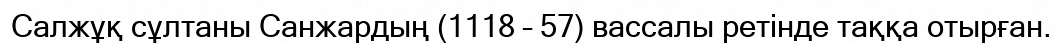
Салжұқ сұлтаны Санжардың (1118 – 57) вассалы ретінде таққа отырған.